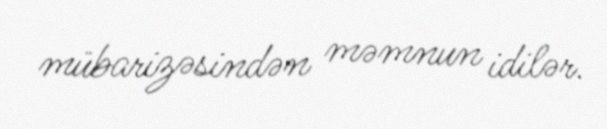
mübarizəsindən məmnun idilər.